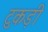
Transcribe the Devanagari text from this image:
टुकड़ी